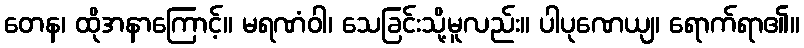
တေန၊ ထိုအနာကြောင့်။ မရဏံဝါ၊ သေခြင်းသို့မူလည်း။ ပါပုဏေယျ၊ ရောက်ရာ၏။